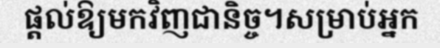
ផ្តល់ឱ្យមកវិញជានិច្ច។សម្រាប់អ្នក